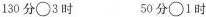
130 分\circ 3 时 50 分\circ 1 时